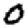
Digit: 0